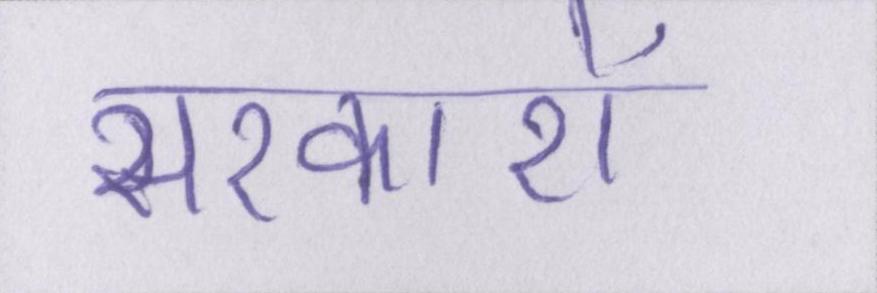
सरकारों